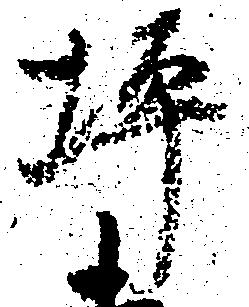
坪